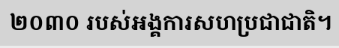
២០៣០ របស់អង្គការសហប្រជាជាតិ។